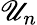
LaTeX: \mathscr{U}_{n}